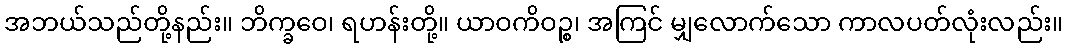
အဘယ်သည်တို့နည်း။ ဘိက္ခဝေ၊ ရဟန်းတို့။ ယာဝကိဝဉ္စ၊ အကြင် မျှလောက်သော ကာလပတ်လုံးလည်း။